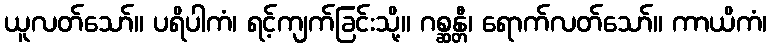
ယူလတ်သော်။ ပရိပါကံ၊ ရင့်ကျက်ခြင်းသို့။ ဂစ္ဆန္တီ၊ ရောက်လတ်သော်။ ကာယိကံ၊